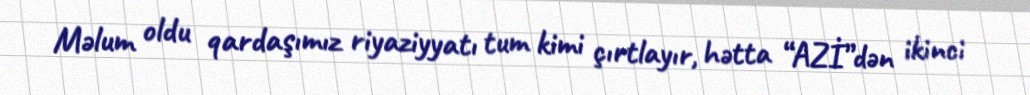
Məlum oldu qardaşımız riyaziyyatı tum kimi çırtlayır, hətta “AZİ”dən ikinci